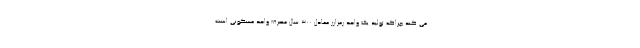
می کند چراکه تولید یک واحد رمزارز معادل ۳۰۰ سال مصرف واحد مسکونی است.